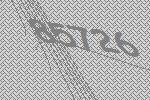
85726